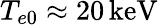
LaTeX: T_{e0}\approx 20\, \mathrm{keV}